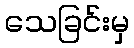
သေခြင်းမှ